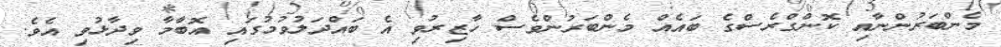
މެންބަރުންނާއި ކޮންގްރެސްގެ ބައެއް މެންބަރުންވެސް ހާޒިރުވި އެ ބައްދަލުވުމުގައި އޮބާމާ ވިދާޅުވި އެވެ.